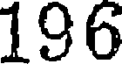
196